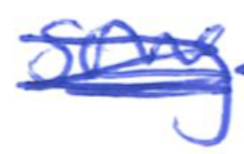
Text: song
Cross-out: scratch
Writing tool: ballpoint